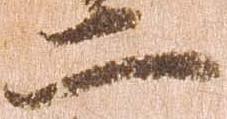
二